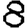
Digit: 8